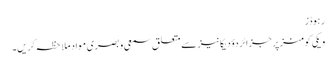
رہوڈز
ویکی کومنز پر جزائر دؤدیکانیز سے متعلق سمعی و بصری مواد ملاحظہ کریں۔